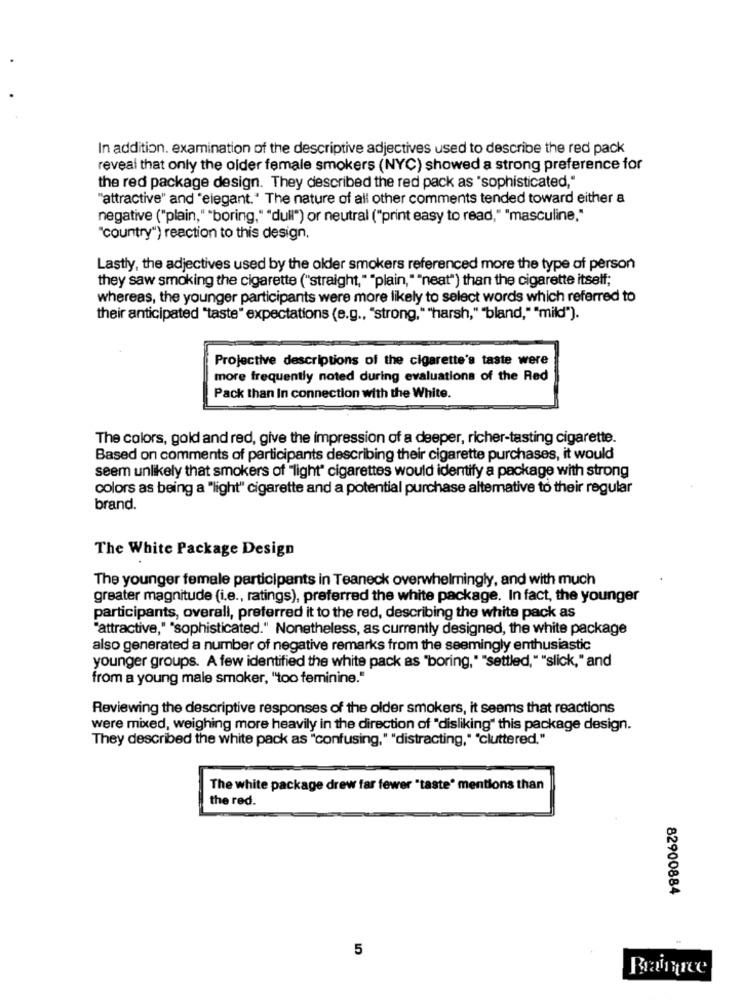
In addition. examination of the descriptive adjectives used to describe the red pack
reveal that only the older female smokers (NYC) showed a strong preference for
the red package design. They described the red pack as "sophisticated,"
"attractive" and "elegant." The nature of all other comments tended toward either a
negative ("plain," "boring," "dull") or neutral ("print easy to read," "masculine,"
"country") reaction to this design,
Lastly, the adjectives used by the older smokers referenced more the type of person
they saw smoking the cigarette ("straight," "plain,""neat") than the cigarette itself;
whereas, the younger participants were more likely to select words which referred to
their anticipated "taste" expectations (e.g ., "strong," "harsh,""bland," "mild").
Projective descriptions of the cigarette's taste were
more frequently noted during evaluations of the Red
Pack than In connection with the White.
The colors, gold and red, give the impression of a deeper, richer-tasting cigarette.
Based on comments of participants describing their cigarette purchases, it would
seem unlikely that smokers of "light" cigarettes would identify a package with strong
colors as being a "light" cigarette and a potential purchase alternative to their regular
brand.
The White Package Design
The younger female participants in Teaneck overwhelmingly, and with much
greater magnitude (i.e ., ratings), preferred the white package. In fact, the younger
participants, overall, preferred it to the red, describing the white pack as
"attractive," "sophisticated." Nonetheless, as currently designed, the white package
also generated a number of negative remarks from the seemingly enthusiastic
younger groups. A few identified the white pack as "boring," "settled,""slick,"and
from a young male smoker, "too feminine."
Reviewing the descriptive responses of the older smokers, it seems that reactions
were mixed, weighing more heavily in the direction of "disliking" this package design.
They described the white pack as "confusing," "distracting," "cluttered."
The white package drew far fewer "taste' mentions than
the red.
82900884
5
Braintree